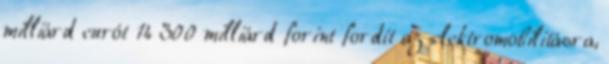
milliárd eurót 14 300 milliárd forint fordít az elektromobilitásra,